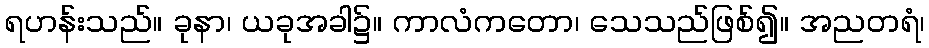
ရဟန်းသည်။ ခုနာ၊ ယခုအခါ၌။ ကာလံကတော၊ သေသည်ဖြစ်၍။ အညတရံ၊